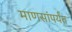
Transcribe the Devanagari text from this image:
माणसांपर्यंत